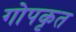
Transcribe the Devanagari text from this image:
गोपकृत